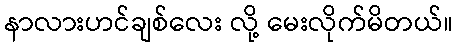
နာလားဟင်ချစ်လေး လို့ မေးလိုက်မိတယ်။